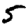
Digit: 5